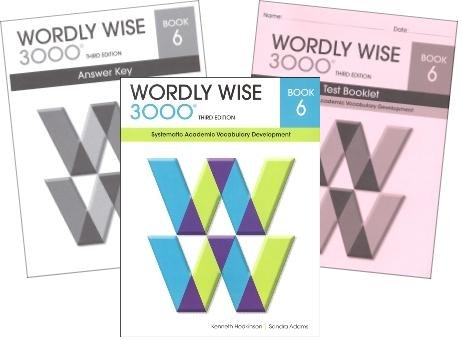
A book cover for Wordly Wise 3000 Grade 6 SET -- Student, Answer Key and Tests (Systematic Academic Vocabulary Development); Reference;